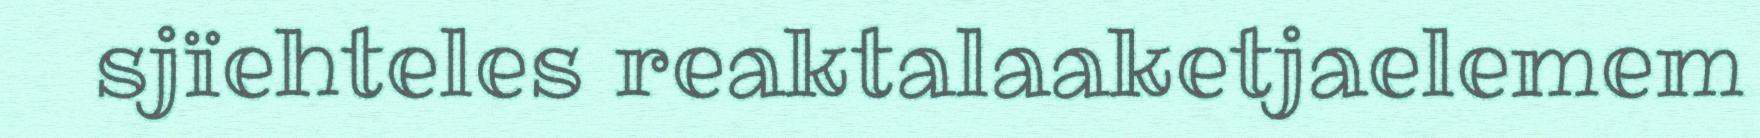
sjïehteles reaktalaaketjaelemem